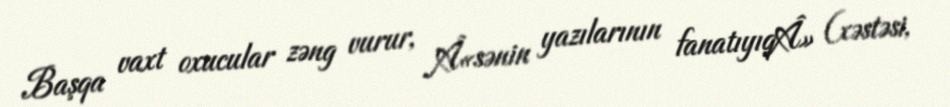
Başqa vaxt oxucular zəng vurur, Â«sənin yazılarının fanatıyıqÂ» (xəstəsi,